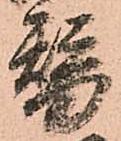
替